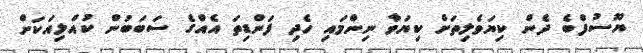
ޔޫސުފްބެ ދެން ކިޔަވެލިތަށް ކިޔަވާ ނިންމައި ހެދި ފަންޑިތަ އެއްގެ ސަބަބުން ކުއްލިއަކަށް